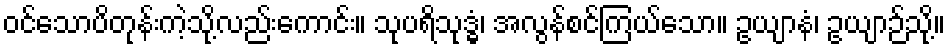
ဝင်သောပိတုန်းကဲ့သို့လည်းကောင်း။ သုပရိသုဒ္ဓံ၊ အလွန်စင်ကြယ်သော။ ဥယျာနံ၊ ဥယျာဉ်သို့။